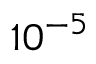
1 0 ^ { - 5 }